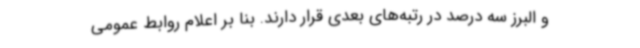
و البرز سه درصد در رتبه‌های بعدی قرار دارند. بنا بر اعلام روابط عمومی